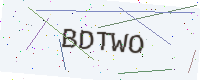
Text: BDTWO